Document type: Sale
Year: 1461
Scribe: [Unknown]
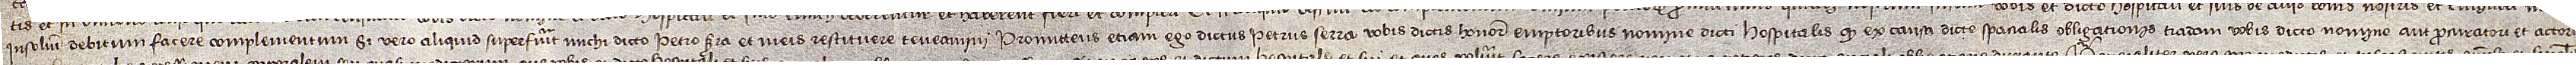
insolidum debitum facere complementum si vero aliquid superfuerit michi dicto Petro Serra et meis restituere teneamini. Promittens etiam ego dictus Petrus Serrra vobis dictis honorabilibus emptoribus nomine dicti hospitalis quod ex causa dicte spacialis obligationis tradam vobis dicto nomine aut procuratori et actori